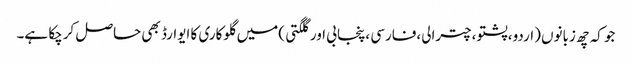
جو کہ چھ زبانوں (اردو،پشتو،چترالی،فارسی ،پنجابی اور گلگتی )میں گلوکاری کا ایوارڈ بھی حاصل کرچکا ہے۔